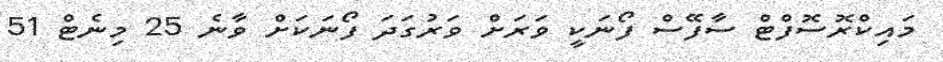
މައިކްރޮސޮފްޓް ސާފޭސް ފޯނަކީ ވަރަށް ވަރުގަދަ ފޯނަކަށް ވާނެ 25 މިނެޓް 51